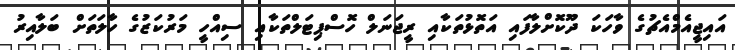
އައިޖީއެމްއެޗުގެ ވާހަކަ ދޫކޮށްލާފައި އަތޮޅުތަކާއި ރީޖަނަލް ހޮސްޕިޓަލްތަކާއި ސިއްހީ މަރުކަޒުގެ ހާލަތަށް ބަލާއިރު